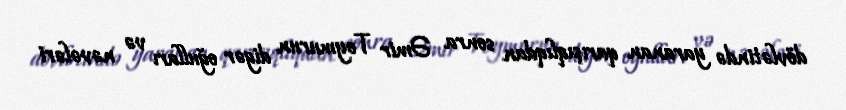
dövlətində yaranan qarışıqlıqdan sonra Əmir Teymurun digər oğulları və nəvələri